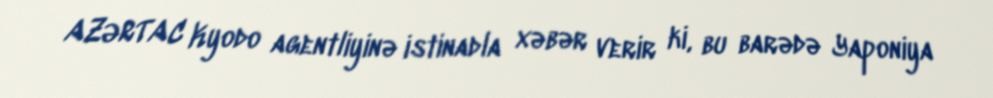
AZƏRTAC Kyodo agentliyinə istinadla xəbər verir ki, bu barədə Yaponiya